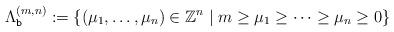
LaTeX: \begin{align*}\Lambda^{(m,n)}_{\texttt{b}}:= \{ (\mu_1,\ldots ,\mu_n)\in\mathbb{Z}^n\mid m\geq \mu_1\geq\cdots\geq\mu_n\geq 0\} \end{align*}